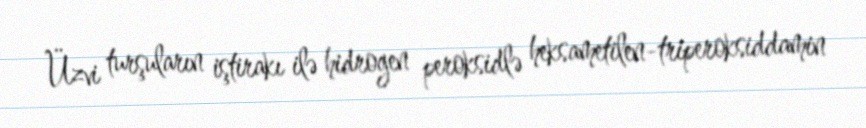
Üzvi turşuların iştirakı ilə hidrogen peroksidlə heksametilen-triperoksiddamin